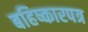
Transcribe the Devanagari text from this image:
बहिष्कारपत्र